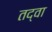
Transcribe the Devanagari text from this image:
तद्वा